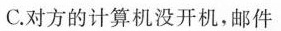
C.对方的计算机没开机，邮件